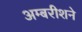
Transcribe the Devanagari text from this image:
अम्बरीशने